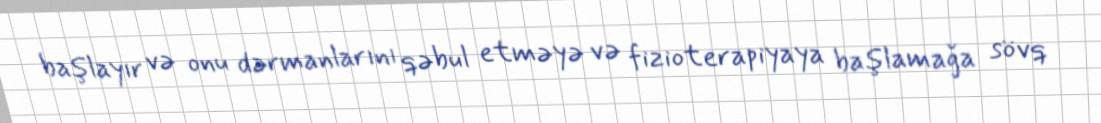
başlayır və onu dərmanlarını qəbul etməyə və fizioterapiyaya başlamağa sövq